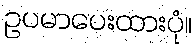
ဥပမာပေးထားပုံ။